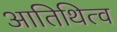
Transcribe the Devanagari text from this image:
आतिथित्व